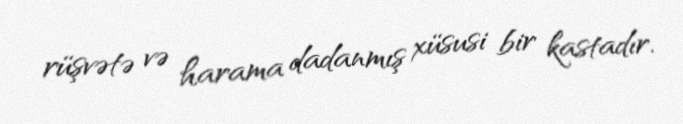
rüşvətə və harama dadanmış xüsusi bir kastadır.